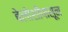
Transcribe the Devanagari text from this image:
बेलोशीपासून